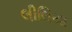
લીલિયા